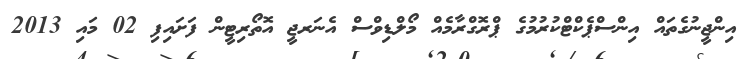
އިންޖީނުގެތައް އިންސްޕެކްޓްކުރުމުގެ ޕްރޮގްރާމެއް މޯލްޑިވްސް އެނަރޖީ އޮތޯރިޓީން ފަށައިފި 02 މައި 2013